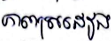
ភាពស្រដៀង